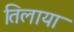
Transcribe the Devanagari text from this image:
तिलाया